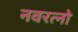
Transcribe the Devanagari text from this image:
नवरत्नो